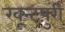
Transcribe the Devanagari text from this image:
खून्टपुरी